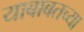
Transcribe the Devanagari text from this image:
याबाबतच्या